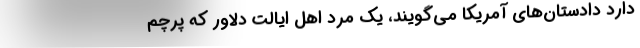
دارد دادستان‌های آمریکا می‌گویند، یک مرد اهل ایالت دلاور که پرچم